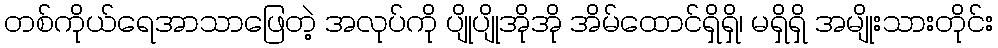
တစ်ကိုယ်ရေအာသာဖြေတဲ့ အလုပ်ကို ပျိုပျိုအိုအို အိမ်ထောင်ရှိရှိ၊ မရှိရှိ အမျိုးသားတိုင်း